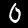
Label: 0